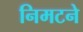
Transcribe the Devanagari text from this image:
निमटने